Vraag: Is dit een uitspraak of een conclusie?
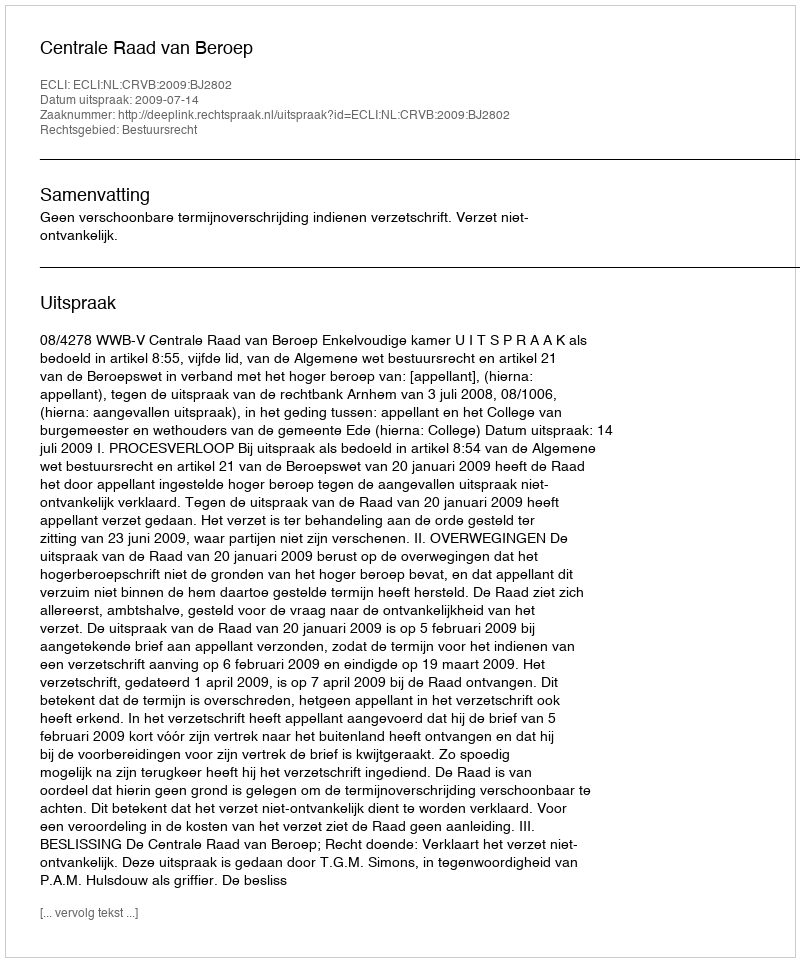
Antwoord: Uitspraak